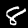
Label: 8